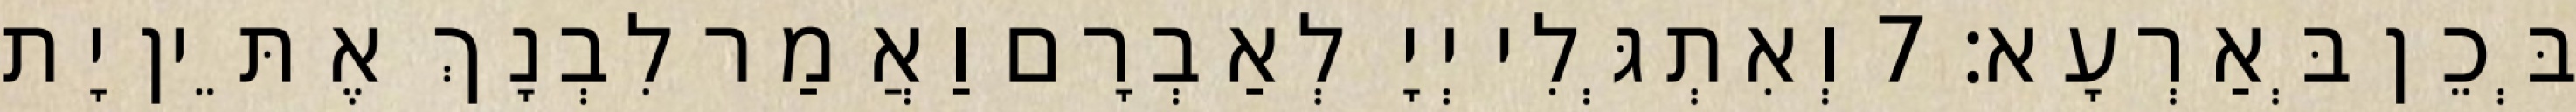
בְּכֵן בְּאַרְעָא׃ 7 וְאִתְגְּלִי יְיָ לְאַבְרָם וַאֲמַר לִבְנָךְ אֶתֵּין יָת